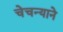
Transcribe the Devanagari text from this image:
चेचन्याने